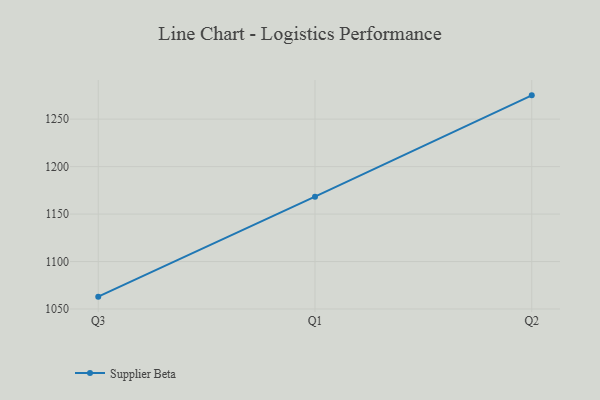
{"axis": {"x": "Quarter", "y": "Customer Acquisition Cost (USD)"}, "legend": ["Supplier Beta"], "data": [{"x": "Q3", "y": 1063.0, "type": "Supplier Beta"}, {"x": "Q1", "y": 1168.3, "type": "Supplier Beta"}, {"x": "Q2", "y": 1275.1, "type": "Supplier Beta"}]}